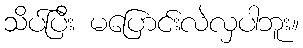
သိပ်ပြီး မပြောင်းလဲလှပါဘူး။